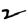
Digit: 2